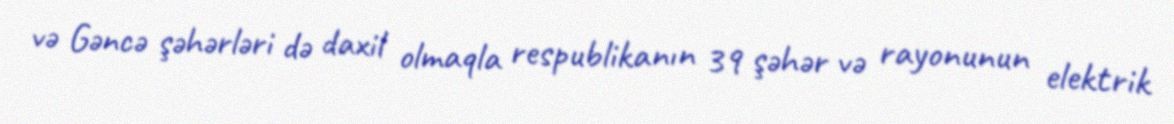
və Gəncə şəhərləri də daxil olmaqla respublikanın 39 şəhər və rayonunun elektrik